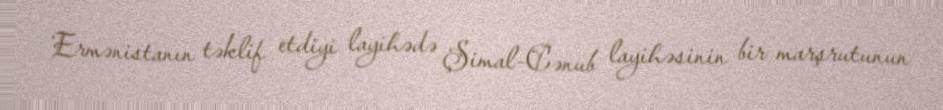
Ermənistanın təklif etdiyi layihədə Şimal-Cənub layihəsinin bir marşrutunun